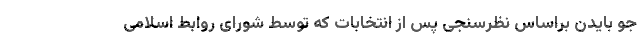
جو بایدن براساس نظرسنجی پس از انتخابات که توسط شورای روابط اسلامی